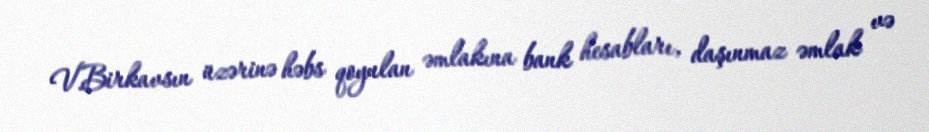
V.Birkavsın üzərinə həbs qoyulan əmlakına bank hesabları, daşınmaz əmlak və